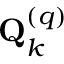
\mathbf { Q } _ { k } ^ { \left( q \right) }